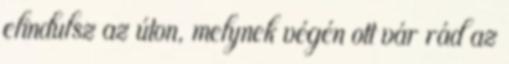
elindulsz az úton, melynek végén ott vár rád az